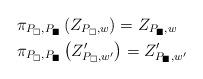
LaTeX: \begin{align*}&\pi_{P_\square,P_\blacksquare}\left(Z_{P_\square,w}\right)=Z_{P_\blacksquare,w}\\&\pi_{P_\square,P_\blacksquare}\left(Z'_{P_\square,w'}\right)=Z'_{P_\blacksquare,w'}\end{align*}